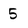
Character: 5